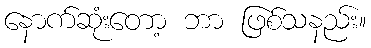
နောက်ဆုံးတော့ ဘာ ဖြစ်သနည်း။